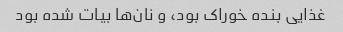
غذایی بنده خوراک بود، و نان‌ها بیات شده بود